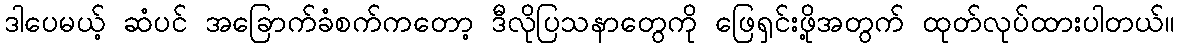
ဒါပေမယ့် ဆံပင် အခြောက်ခံစက်ကတော့ ဒီလိုပြသနာတွေကို ဖြေရှင်းဖို့အတွက် ထုတ်လုပ်ထားပါတယ်။